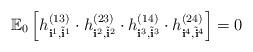
LaTeX: \begin{align*}\mathbb{E}_0 \left[ h^{(13)}_{{\bf i}^1, \tilde{{\bf i}}^1} \cdot h^{(23)}_{{\bf i}^2, \tilde{{\bf i}}^2} \cdot h^{(14)}_{{\bf i}^3, \tilde{{\bf i}}^3} \cdot h^{(24)}_{{\bf i}^4, \tilde{{\bf i}}^4} \right] = 0\end{align*}